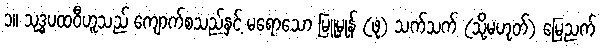
၁။ သုဒ္ဓပထဝီဟူသည် ကျောက်စသည်နှင့် မရောသော မြူမှုန် (ဖုံ) သက်သက် (သို့မဟုတ်) မြေညက်